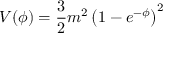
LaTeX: V ( \phi ) = \frac { 3 } { 2 } m ^ { 2 } \left( 1 - e ^ { - \phi } \right) ^ { 2 }